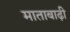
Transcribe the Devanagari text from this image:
माताबाढ़ी